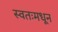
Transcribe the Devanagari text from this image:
स्वतःमधून